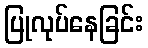
ပြုလုပ်နေခြင်း